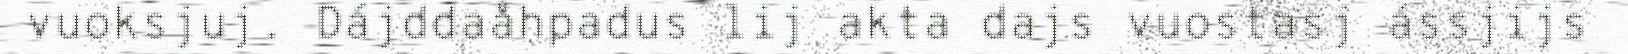
vuoksjuj. Dájddaåhpadus lij akta dajs vuostasj ássjijs